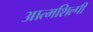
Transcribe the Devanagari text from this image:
आत्‍मशिल्‍पी